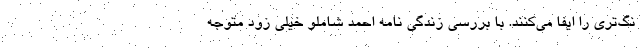
نگ‌تری را ایفا می‌کنند. با بررسی زندگی نامه احمد شاملو خیلی زود متوجه